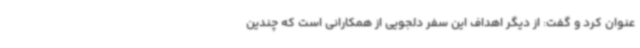
عنوان کرد و گفت: از دیگر اهداف این سفر دلجویی از همکارانی است که چندین